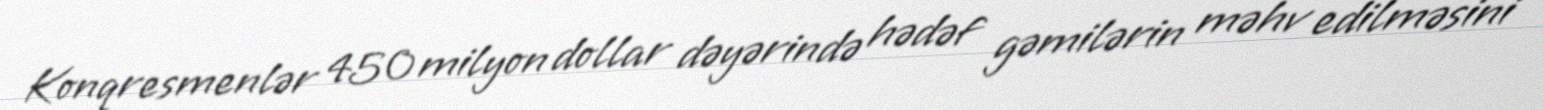
Konqresmenlər 450 milyon dollar dəyərində hədəf gəmilərin məhv edilməsini